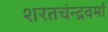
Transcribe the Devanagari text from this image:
शरतचंन्द्रवर्मा